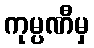
ကုမ္ပဏီမှ